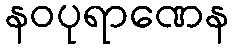
နဝပုရာဏေန